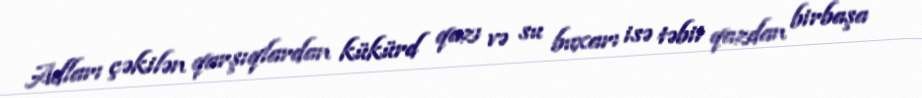
Adları çəkilən qarşıqlardan kükürd qazı və su buxarı isə təbii qazdan birbaşa